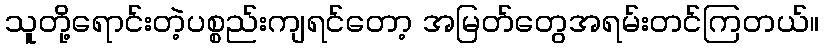
သူတို့ရောင်းတဲ့ပစ္စည်းကျရင်တော့ အမြတ်တွေအရမ်းတင်ကြတယ်။